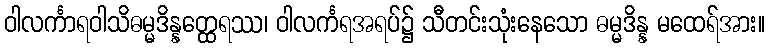
ဝါလင်္ကာရဝါသိဓမ္မဒိန္နတ္ထေရဿ၊ ဝါလင်္ကရအရပ်၌ သီတင်းသုံးနေသော ဓမ္မဒိန္န မထေရ်အား။